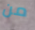
من